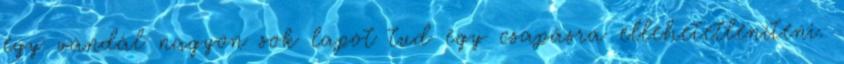
egy vandál nagyon sok lapot tud egy csapásra ellehetetleníteni.